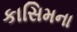
કાસિમના